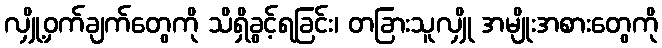
လျှို့ဝှက်ချက်တွေကို သိရှိခွင့်ရခြင်း၊ တခြားသူလျှို အမျိုးအစားတွေကို